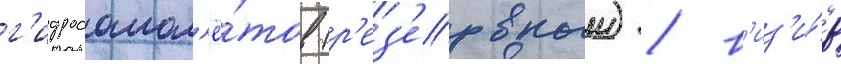
г'идросамол'ё́тов (р'ез'ервныи) / в'из'и́р